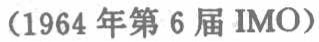
(1964年第6届IMO)